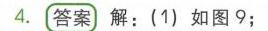
4. **答案** 解：(1) 如图9；